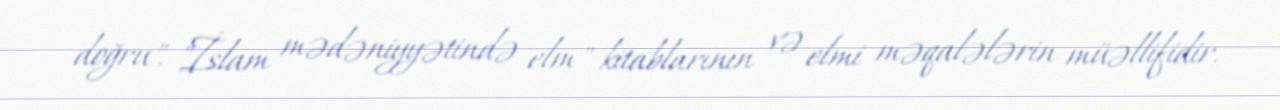
doğru", "İslam mədəniyyətində elm" kitablarının və elmi məqalələrin müəllifidir.